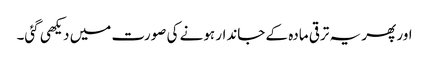
اور پھر یہ ترقی مادہ کے جاندار ہونے کی صورت میں دیکھی گئی۔